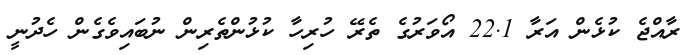
ރާއްޖެ ކުޅެން އަރާ 22.1 އޯވަރުގެ ތެރޭ ހުރިހާ ކުޅުންތެރިން ނުބައިވެގެން ހެދުނީ